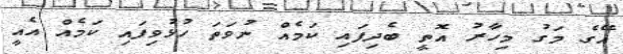
އޭގެ މަގު މިހާރު އޮތީ ބެދިފައި ކަމެއް ނުވަތަ ހުޅުވިފައި ކަމެއް އެއީ